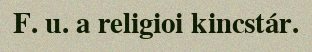
F. u. a religioi kincstár.